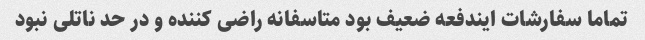
تماما سفارشات ایندفعه ضعیف بود متاسفانه راضی کننده و در حد ناتلی نبود